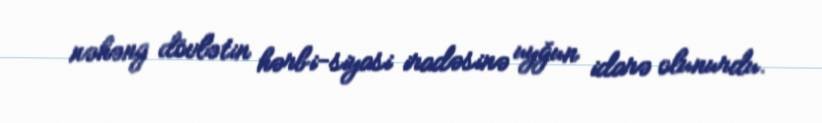
nəhəng dövlətin hərbi-siyasi iradəsinə uyğun idarə olunurdu.